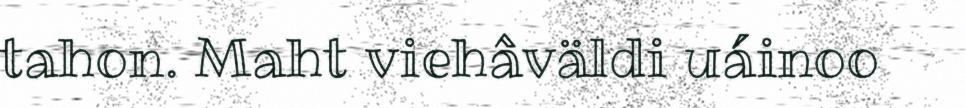
tahon. Maht viehâväldi uáinoo